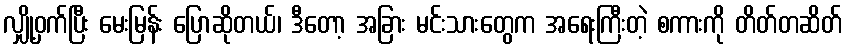
လျှို့ဝှက်ပြီး မေးမြန်း ပြောဆိုတယ်၊ ဒီတော့ အခြား မင်းသားတွေက အရေးကြီးတဲ့ စကားကို တိတ်တဆိတ်